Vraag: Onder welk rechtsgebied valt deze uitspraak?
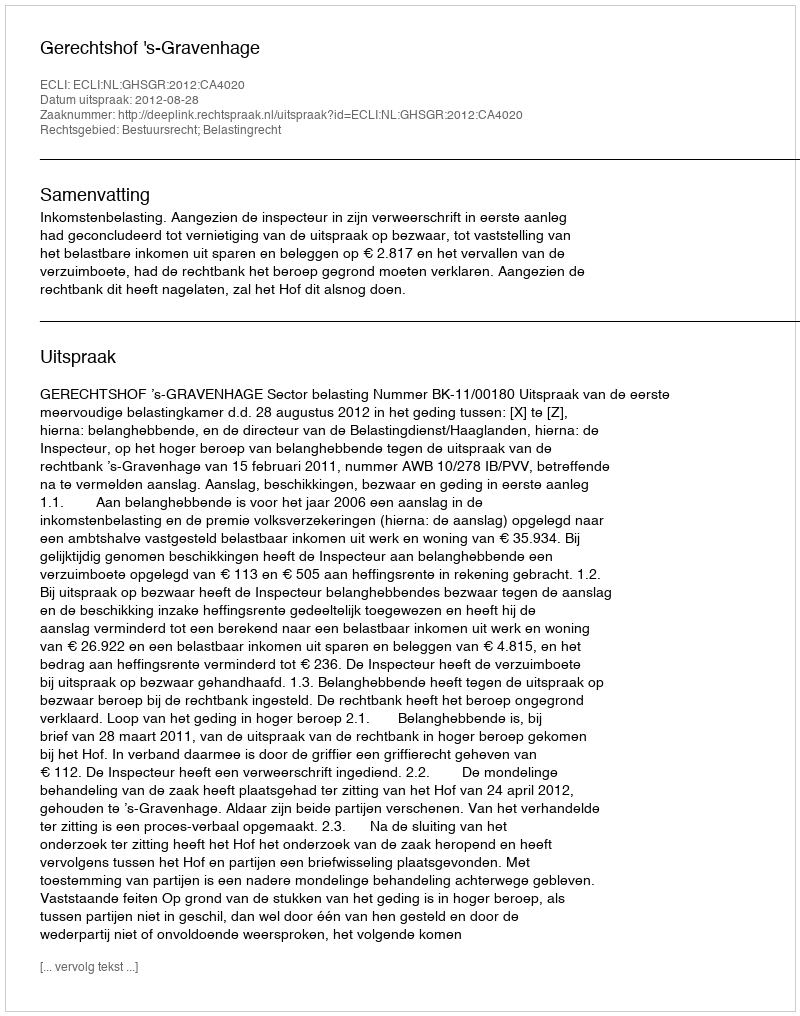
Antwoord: Bestuursrecht; Belastingrecht